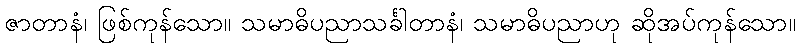
ဇာတာနံ၊ ဖြစ်ကုန်သော။ သမာဓိပညာသင်္ခါတာနံ၊ သမာဓိပညာဟု ဆိုအပ်ကုန်သော။